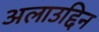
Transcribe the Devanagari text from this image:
अलाउद्दिन